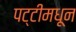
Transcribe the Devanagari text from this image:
पट्टीमधून